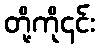
တို့ကို၎င်း